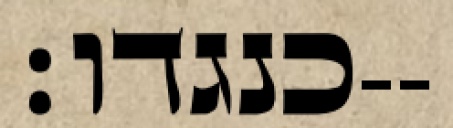
כנגדו׃--